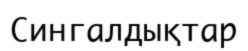
Сингалдықтар